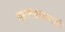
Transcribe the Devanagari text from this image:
बहूसंख्याकांशी